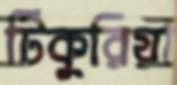
টিকুরিয়া